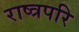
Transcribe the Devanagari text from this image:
राष्त्रपरि